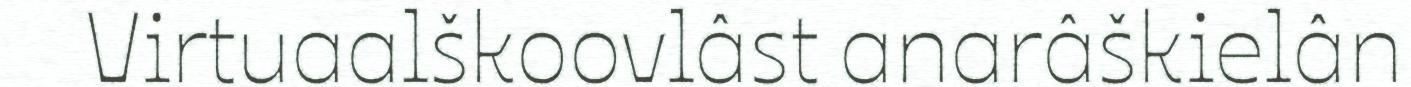
Virtuaalškoovlâst anarâškielân